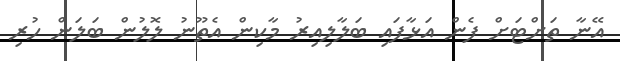
އޭނާ ތަށްޓަށް ފެން އަޅާފައި ބަލާލިއިރު މާކިން އެތޫނު ލޮލުން ބަލަން ހުރި